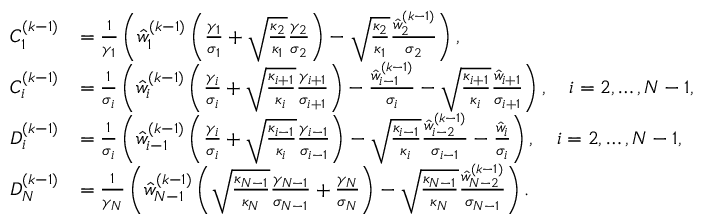
\begin{array} { r l } { C _ { 1 } ^ { ( k - 1 ) } } & { = \frac { 1 } { \gamma _ { 1 } } \left( \hat { w } _ { 1 } ^ { ( k - 1 ) } \left( \frac { \gamma _ { 1 } } { \sigma _ { 1 } } + \sqrt { \frac { \kappa _ { 2 } } { \kappa _ { 1 } } } \frac { \gamma _ { 2 } } { \sigma _ { 2 } } \right) - \sqrt { \frac { \kappa _ { 2 } } { \kappa _ { 1 } } } \frac { \hat { w } _ { 2 } ^ { ( k - 1 ) } } { \sigma _ { 2 } } \right) , } \\ { C _ { i } ^ { ( k - 1 ) } } & { = \frac { 1 } { \sigma _ { i } } \left( \hat { w } _ { i } ^ { ( k - 1 ) } \left( \frac { \gamma _ { i } } { \sigma _ { i } } + \sqrt { \frac { \kappa _ { i + 1 } } { \kappa _ { i } } } \frac { \gamma _ { i + 1 } } { \sigma _ { i + 1 } } \right) - \frac { \hat { w } _ { i - 1 } ^ { ( k - 1 ) } } { \sigma _ { i } } - \sqrt { \frac { \kappa _ { i + 1 } } { \kappa _ { i } } } \frac { \hat { w } _ { i + 1 } } { \sigma _ { i + 1 } } \right) , \quad i = 2 , \ldots , N - 1 , } \\ { D _ { i } ^ { ( k - 1 ) } } & { = \frac { 1 } { \sigma _ { i } } \left( \hat { w } _ { i - 1 } ^ { ( k - 1 ) } \left( \frac { \gamma _ { i } } { \sigma _ { i } } + \sqrt { \frac { \kappa _ { i - 1 } } { \kappa _ { i } } } \frac { \gamma _ { i - 1 } } { \sigma _ { i - 1 } } \right) - \sqrt { \frac { \kappa _ { i - 1 } } { \kappa _ { i } } } \frac { \hat { w } _ { i - 2 } ^ { ( k - 1 ) } } { \sigma _ { i - 1 } } - \frac { \hat { w } _ { i } } { \sigma _ { i } } \right) , \quad i = 2 , \ldots , N - 1 , } \\ { D _ { N } ^ { ( k - 1 ) } } & { = \frac { 1 } { \gamma _ { N } } \left( \hat { w } _ { N - 1 } ^ { ( k - 1 ) } \left( \sqrt { \frac { \kappa _ { N - 1 } } { \kappa _ { N } } } \frac { \gamma _ { N - 1 } } { \sigma _ { N - 1 } } + \frac { \gamma _ { N } } { \sigma _ { N } } \right) - \sqrt { \frac { \kappa _ { N - 1 } } { \kappa _ { N } } } \frac { \hat { w } _ { N - 2 } ^ { ( k - 1 ) } } { \sigma _ { N - 1 } } \right) . } \end{array}